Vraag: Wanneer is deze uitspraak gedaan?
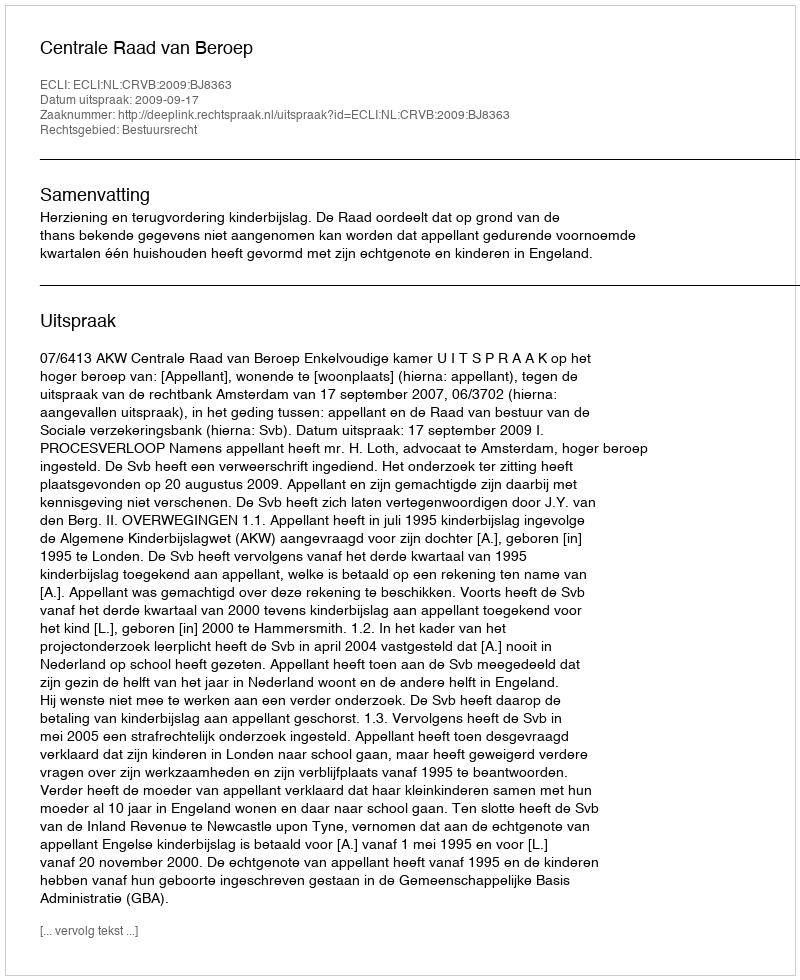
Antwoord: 2009-09-17